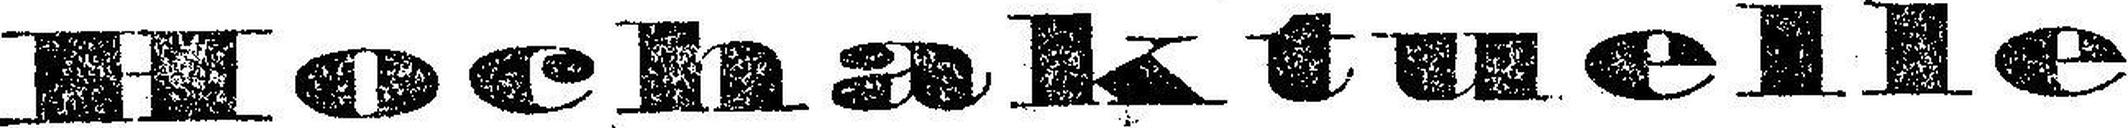
Hochaktuelle